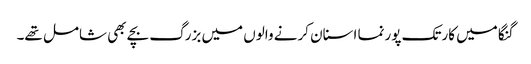
گنگا میں کارتک پورنما اسنان کرنے والوں میں بزرگ بچے بھی شامل تھے۔